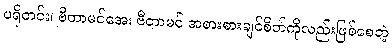
ပရိုတင်း၊ ဗီတာမင်အေ၊ ဗီတာမင် အစားစားချင်စိတ်ကိုလည်းဖြစ်စေတဲ့